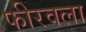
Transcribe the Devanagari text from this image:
फीरवला